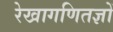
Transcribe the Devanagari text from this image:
रेखागणितज्ञों